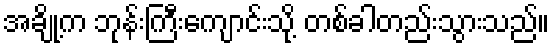
အချို့က ဘုန်းကြီးကျောင်းသို့ တစ်ခါတည်းသွားသည်။